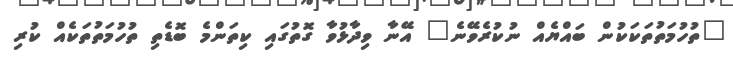
"ތުހުމަތުތަކަކުން ބައްޔެއް ނުކުރެވޭނެ" އޭނާ ވިދާޅުވާ ގޮތުގައި ކިތަންމެ ބޮޑެތި ތުހުމަތުތަކެއް ކުރި